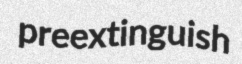
preextinguish